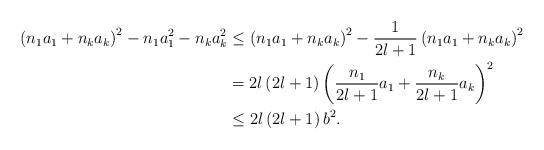
LaTeX: \begin{align*}\left( n_{1}a_{1}+n_{k}a_{k}\right) ^{2}-n_{1}a_{1}^{2}-n_{k}a_{k}^{2} &\leq\left( n_{1}a_{1}+n_{k}a_{k}\right) ^{2}-\frac{1}{2l+1}\left(n_{1}a_{1}+n_{k}a_{k}\right) ^{2}\\& =2l\left( 2l+1\right) \left( \frac{n_{1}}{2l+1}a_{1}+\frac{n_{k}}{2l+1}a_{k}\right) ^{2}\\& \leq2l\left( 2l+1\right) b^{2}.\end{align*}